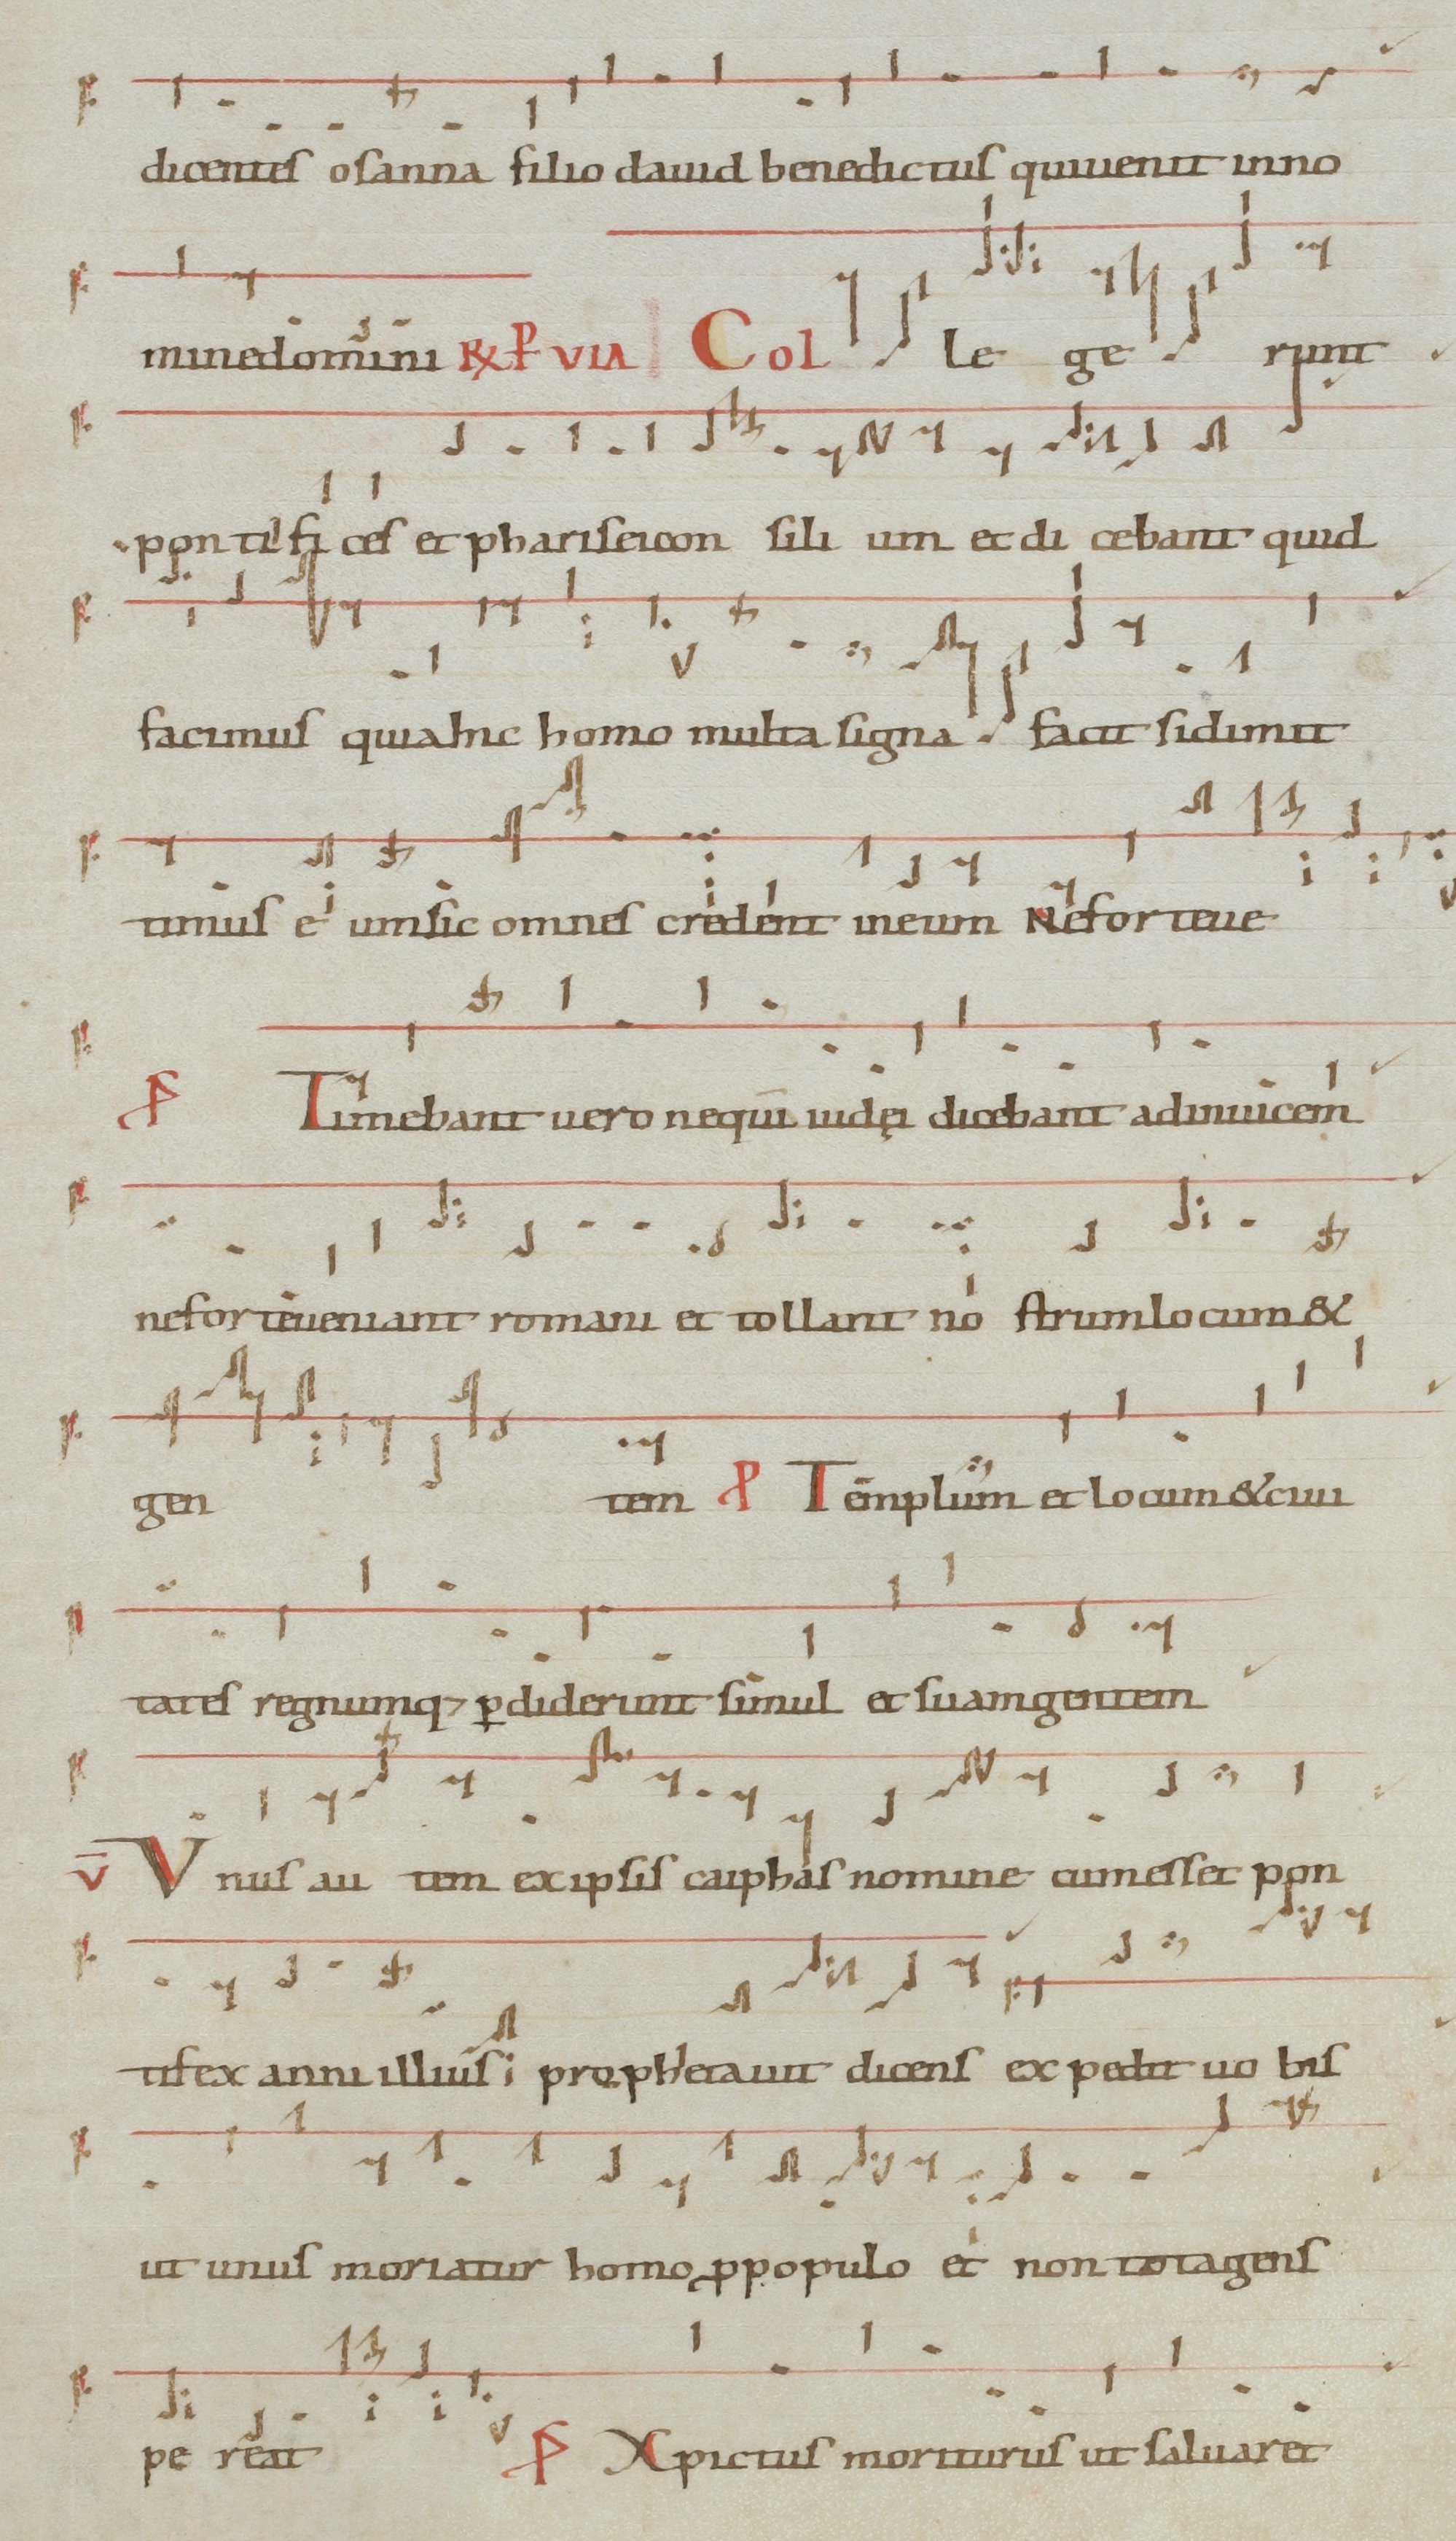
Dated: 1071–1071